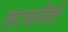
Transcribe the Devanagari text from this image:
लटकविले